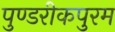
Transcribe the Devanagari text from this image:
पुण्डरीकपुरम